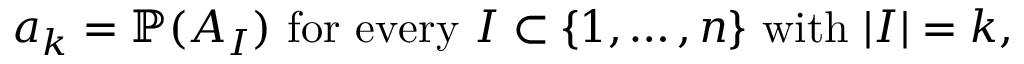
a _ { k } = \mathbb { P } ( A _ { I } ) { \mathrm { ~ f o r ~ e v e r y ~ } } I \subset \{ 1 , \ldots , n \} { \mathrm { ~ w i t h ~ } } | I | = k ,